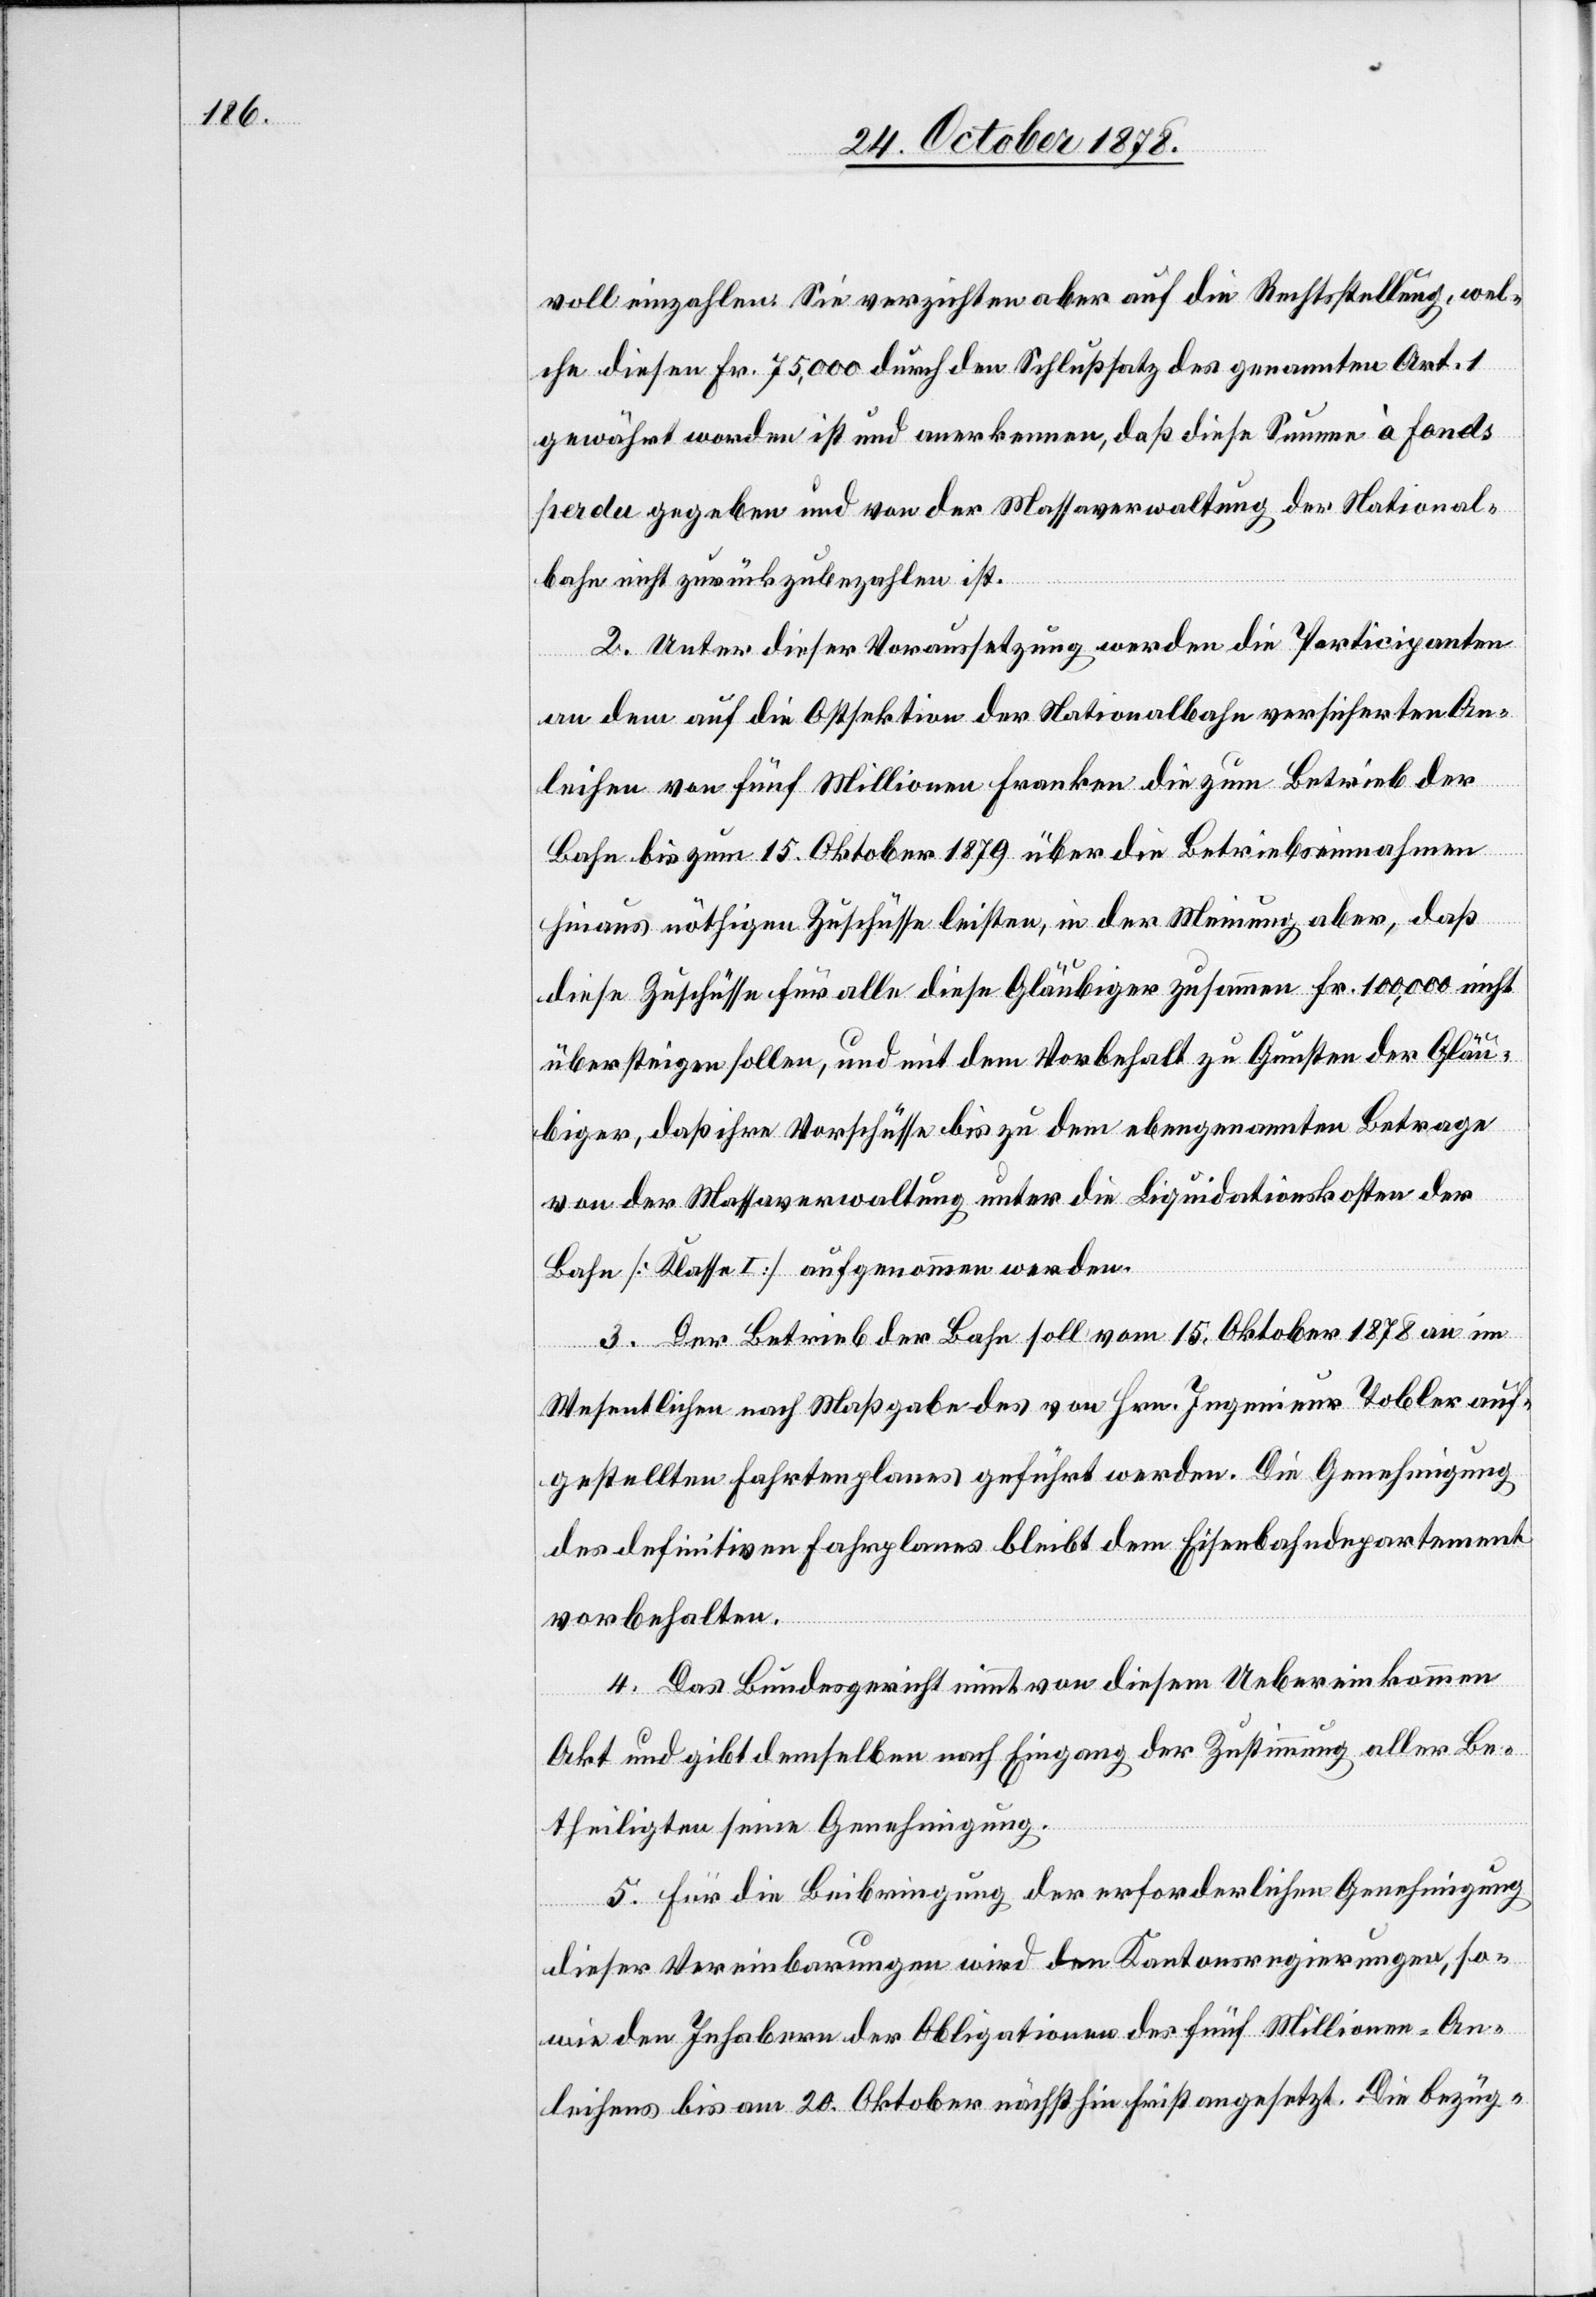
voll einzahlen. Sie verzichten aber auf die Rechtsstellung, wel¬
che diesen Fr. 75,000 durch den Schlußsatz des genannten Art. 1
gewährt worden ist und anerkennen, daß diese Summe à fonds
perdu gegeben und von der Massaverwaltung der National¬
bahn nicht zurückzubezahlen ist.
2. Unter dieser Voraussetzung werden die Participanten
an dem auf die Ostsektion der Nationalbahn versicherten An¬
leihen von fünf Millionen Franken die zum Betrieb der
Bahn bis zum 15. Oktober 1879 über die Betriebseinnahmen
hinaus nöthigen Zuschüsse leisten, in der Meinung aber, daß
diese Zuschüsse für alle diese Gläubiger zusammen Fr. 100,000 nicht
übersteigen sollen, und mit dem Vorbehalt zu Gunsten der Gläu¬
biger, daß ihre Vorschüsse bis zu dem ebengenannten Betrage
von der Massaverwaltung unter die Liquidationskosten der
Bahn [Klasse I] aufgenommen werden.
3. Der Betrieb der Bahn soll vom 15. Oktober 1878 an im
Wesentlichen nach Maßgabe des von Hrn. Ingenieur Tobler auf¬
gestellten Fahrtenplanes geführt werden. Die Genehmigung
des definitiven Fahrplanes bleibt dem Eisenbahndepartement
vorbehalten.
4. Das Bundesgericht nimmt von diesem Uebereinkommen
Akt und gibt demselben nach Eingang der Zustimmung aller Be¬
theiligten seine Genehmigung.
5. Für die Beibringung der erforderlichen Genehmigung
dieser Vereinbarungen wird den Kantonsregierungen, so¬
wie den Inhabern der Obligationen des fünf Millionen-An¬
leihens bis am 20. Oktober nächsthin angesetzt. Die bezüg-